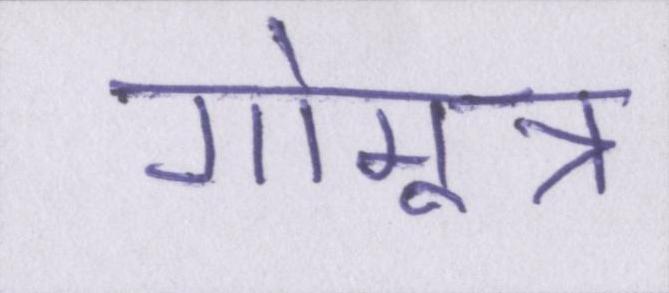
गोमूत्र